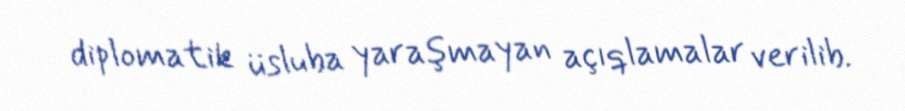
diplomatik üsluba yaraşmayan açıqlamalar verilib.